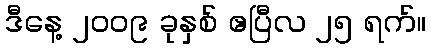
ဒီနေ့ ၂၀၀၉ ခုနှစ် ဧပြီလ ၂၅ ရက်။